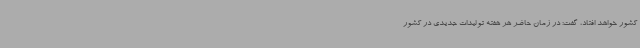
کشور خواهد افتاد، گفت: در زمان حاضر هر هفته تولیدات جدیدی در کشور